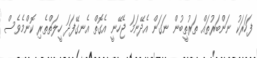
ފަހަރަކު ނަންބަރުތައް ތަރުތީބުން ނަގަން އެދޭނަމަ ޖެހޭނީ އެގޮތް އެނގޭފަދަ ހީލަތްތެރި ކޮންމެވެސް